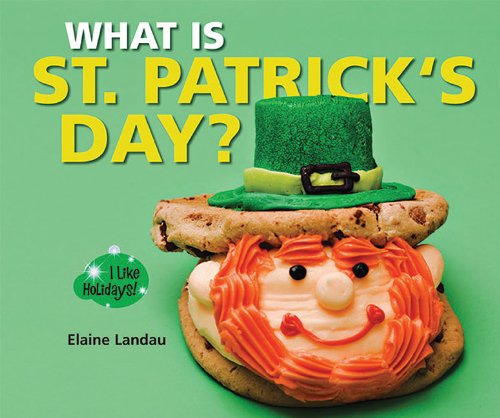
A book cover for What Is St. Patrick's Day? (I Like Holidays!); Elaine Landau; Children's Books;